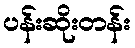
ပန်းဆိုးတန်း